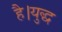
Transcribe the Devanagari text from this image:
है।युद्ध